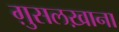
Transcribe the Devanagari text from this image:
ग़ुसलख़ाना